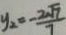
y _ { 2 } = - \frac { 2 \sqrt { 7 } } { 7 }